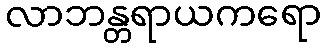
လာဘန္တရာယကရော